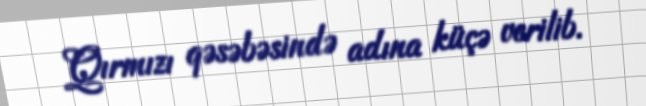
Qırmızı qəsəbəsində adına küçə verilib.